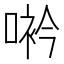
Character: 𠸐